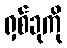
ရှစ်ခုကို